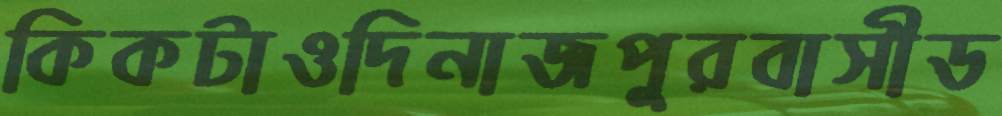
কিকটাওদিনাজপুরবাসীড